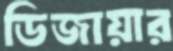
ডিজায়ার